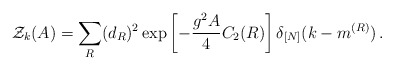
\begin{align*}{\cal Z}_k(A)=\sum_{R} (d_{R})^2 \exp\left[-\frac{g^2 A}{4}C_2(R)\right]\delta_{[N]}(k-m^{(R)})\,.\end{align*}